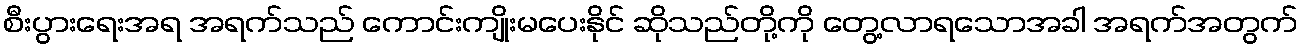
စီးပွားရေးအရ အရက်သည် ကောင်းကျိုးမပေးနိုင် ဆိုသည်တို့ကို တွေ့လာရသောအခါ အရက်အတွက်